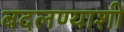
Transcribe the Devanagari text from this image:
बदलण्याशी